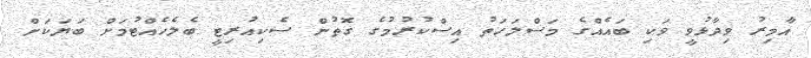
އާމިރު ވިދާޅުވީ ވަކި ބައެއްގެ މަސްލަހަތު އިސްކުރުމުގެ ގޮތުން ސެކިއުރިޓީ ބެލެހެއްޓުމަށް ބަޔަކަށް